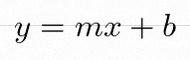
y=mx+b